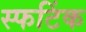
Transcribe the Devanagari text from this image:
स्फटिंक